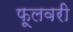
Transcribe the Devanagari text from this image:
फूलवरी